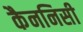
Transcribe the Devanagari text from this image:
कैननिसी